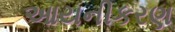
આયનીકરણ